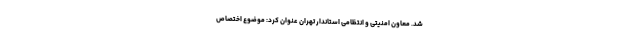
شد. معاون امنیتی و انتظامی استاندار تهران عنوان کرد: موضوع اختصاص